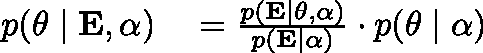
\begin{array} { r l } { p ( \mathbf { \theta } \mid \mathbf { E } , \mathbf { \alpha } ) } & { { } = { \frac { p ( \mathbf { E } \mid \mathbf { \theta } , \mathbf { \alpha } ) } { p ( \mathbf { E } \mid \mathbf { \alpha } ) } } \cdot p ( \mathbf { \theta } \mid \mathbf { \alpha } ) } \end{array}